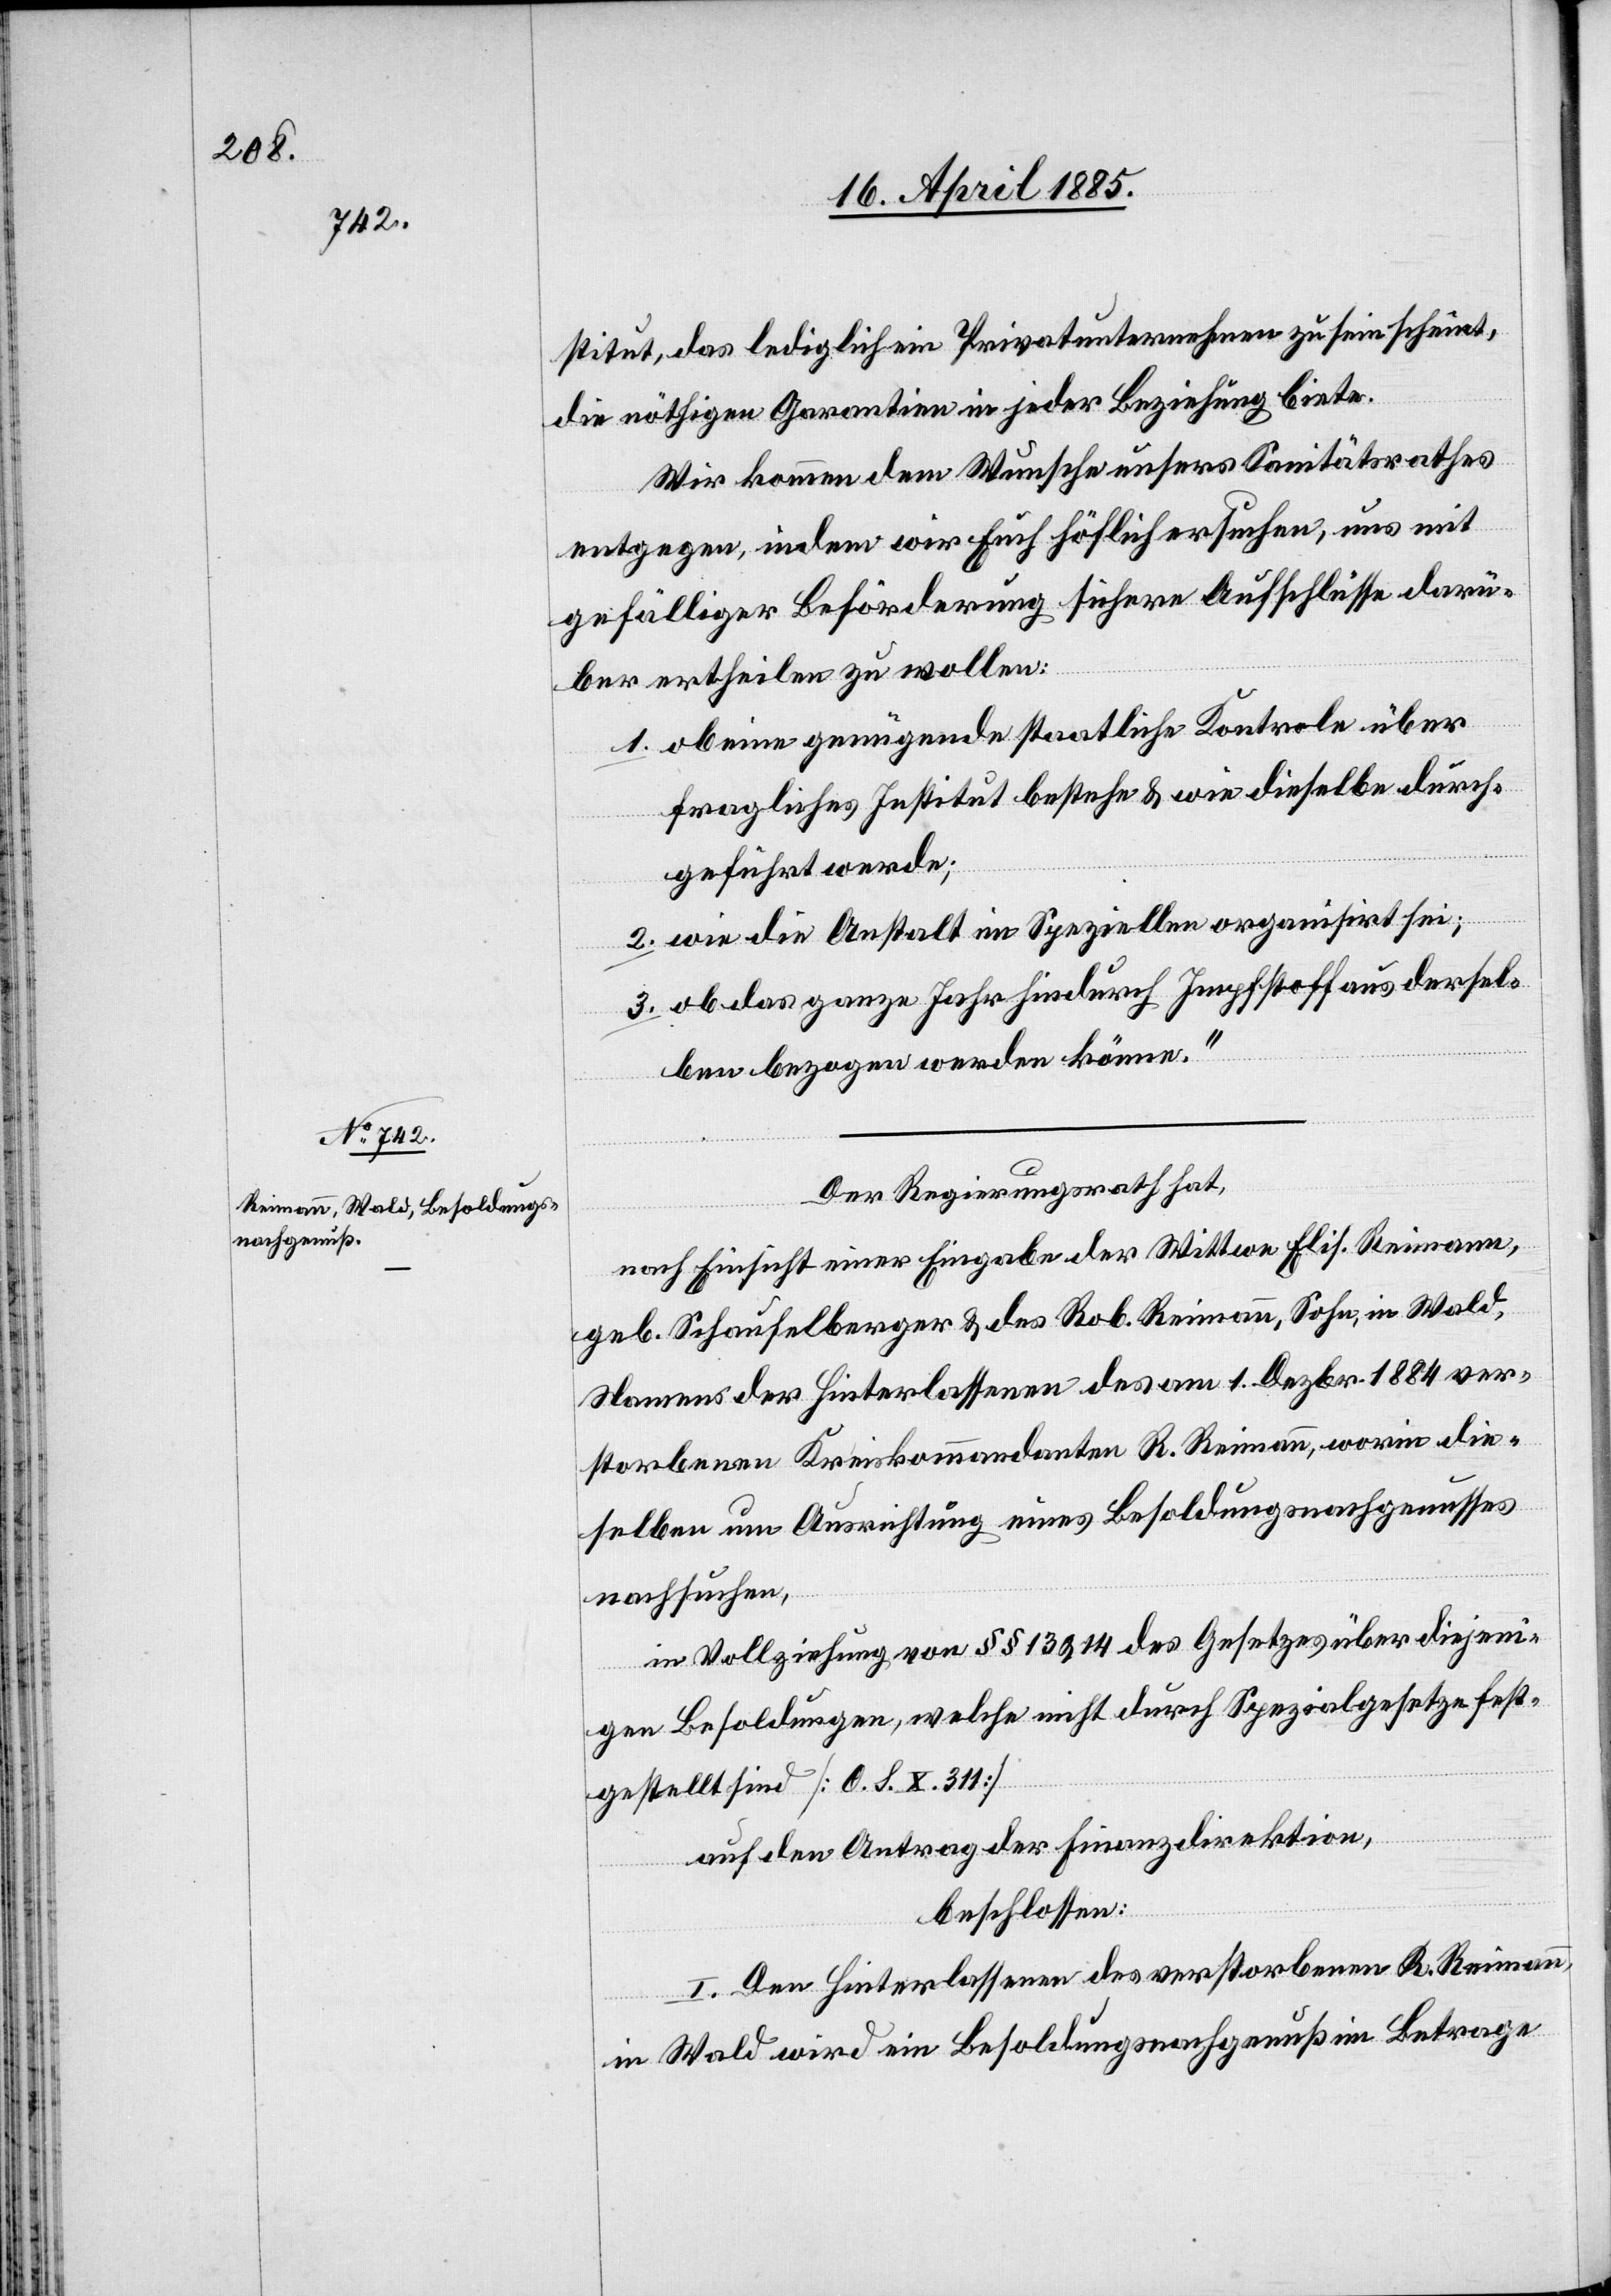
stitut, das lediglich ein Privatunternehmen zu sein scheint,
die nöthigen Garantien in jeder Beziehung biete.
Wir kommen dem Wunsche unsers Sanitätsrathes
entgegen, indem wir Euch höflich ersuchen, uns mit
gefälliger Beförderung sichere Aufschlüsse darü¬
ber ertheilen zu wollen:
1. ob eine genügende staatliche Kontrole über
fragliches Institut bestehe & wie dieselbe durch¬
geführt werde;
2. wie die Anstalt im Speziellen organisirt sei;
3. ob das ganze Jahr hindurch Impfstoff aus dersel¬
ben bezogen werden könne.“
Der Regierungsrath hat,
nach Einsicht einer Eingabe der Wittwe Elis. Reimann,
geb. Schaufelberger & des Rob. Reimann, Sohn, in Wald,
Namens der Hinterlassenen des am 1. Dezbr. 1884 ver¬
storbenen Kreiskommandanten R. Reimann, worin die¬
selben um Ausrichtung eines Besoldungsnachgenusses
nachsuchen,
in Vollziehung von §§ 13 & 14 des Gesetzes über diejeni¬
ge Besoldungen, welche nicht durch Spezialgesetze fest¬
gestellt sind [O. S. X. 311]
auf den Antrag der Finanzdirektion
beschlossen:
I. Den Hinterlassenen des verstorbenen R. Reimann
in Wad wird ein Besoldungsnachgenuß im Betrage